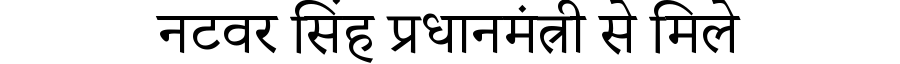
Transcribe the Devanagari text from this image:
नटवर सिंह प्रधानमंत्री से मिले